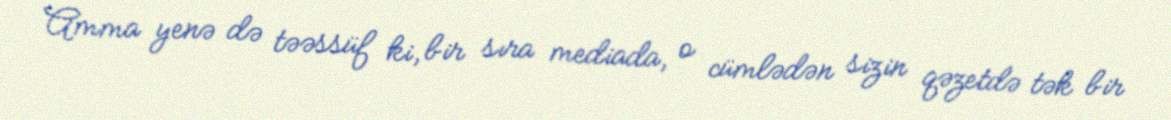
Amma yenə də təəssüf ki, bir sıra mediada, o cümlədən sizin qəzetdə tək bir